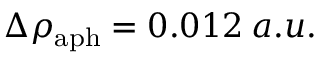
\Delta \rho _ { \mathrm { a p h } } = 0 . 0 1 2 \: a . u .